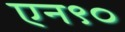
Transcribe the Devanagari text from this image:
एन९०